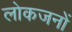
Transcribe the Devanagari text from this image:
लोकजनों